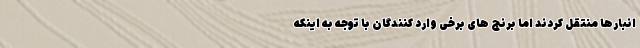
انبارها منتقل کردند اما برنج های برخی وارد کنندگان با توجه به اینکه